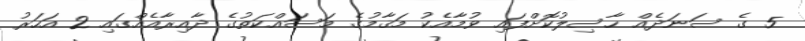
5 ގެ ސަނަދެއް ހާސިލުކޮށްފައި ވުމާއެކު މަޤާމުގެ މަސައްކަތުގެ ދާއިރާއެއްގައި 2 އަހަރު